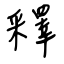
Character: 釋